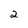
Character: 2